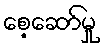
စေ့ဆော်မှု